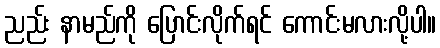
ညည်း နာမည်ကို ပြောင်းလိုက်ရင် ကောင်းမလားလို့ပါ။